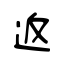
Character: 返